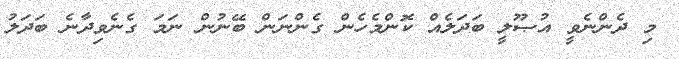
މި ދެންނެވީ އުޞޫލީ ބަދަލެއް ކޮންމެހެން ގެންނަން ބޭނުން ނަމަ ގެނެވިދާނެ ބަދަލު